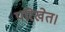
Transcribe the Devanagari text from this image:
परिखेत।